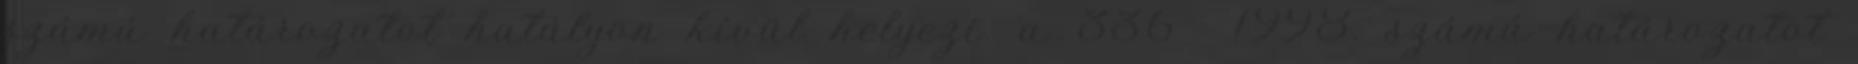
számú határozatot hatályon kívül helyezi. a 336 1998. számú határozatot